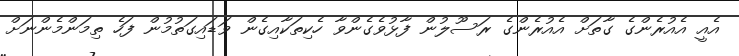
އެއީ އެއުރެންގެ ގާތަށް އެއުރެންގެ ރަސޫލުން ފާޅުވެގެންވާ ހެކިތަކާއިގެން ވަޑައިގަތުމުން ފަހެ ތިމަންމެންނަށް